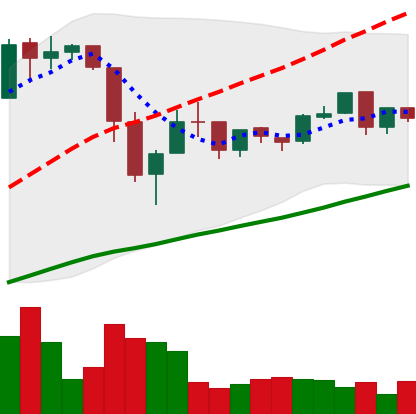
Ticker: BTC-USD
Chart end date: 2016-07-05
Forward return: -3.171%
Label: down_3_5